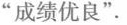
”成绩优良”.